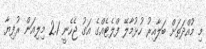
މި މުއްދަތަށް ބަލާއިރު ހުޅުމާލޭ ފްލެޓެއްގެ އަގު ޖެހެނީ 2.1 މިލިއަން ރުފިޔާ